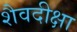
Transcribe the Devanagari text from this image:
शैवदीक्षा